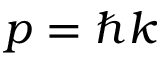
p = \hbar k